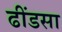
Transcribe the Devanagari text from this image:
ढींडसा